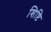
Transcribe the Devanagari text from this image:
शिष्टि